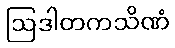
ဩဒါတကသိဏံ